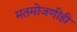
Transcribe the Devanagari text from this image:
मतमोजणीही